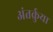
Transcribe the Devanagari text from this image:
अंतर्क्रुया